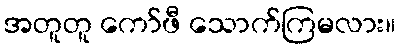
အတူတူ ကော်ဖီ သောက်ကြမလား။